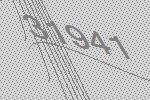
31941